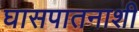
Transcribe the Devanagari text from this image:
घासपातनाशी